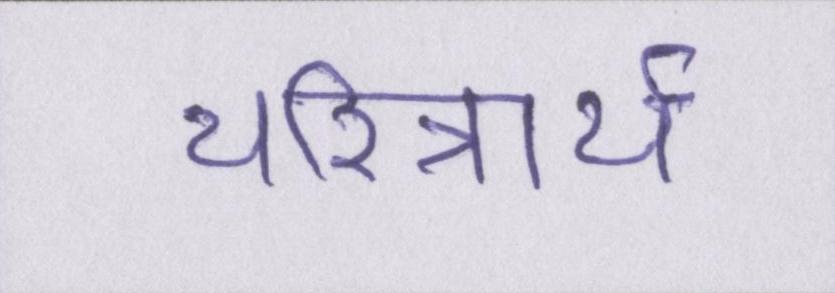
चरित्रार्थ